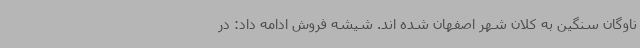
ناوگان سنگین به کلان شهر اصفهان شده اند. شیشه فروش ادامه داد: در